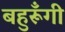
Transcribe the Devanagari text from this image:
बहुरूॅंगी